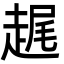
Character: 趘